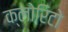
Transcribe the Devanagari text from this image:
क्लोरिटो